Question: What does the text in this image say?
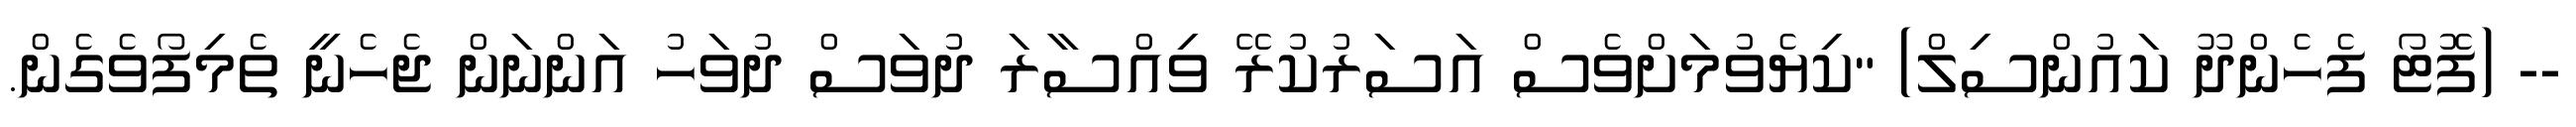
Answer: -- (ފޮޓޯ ފެހެންދޫ ކައުންސިލް) "ކިޔެވުމަށްވެސް އަސަރުކުރޭ ވިއްސާރަ ދުވަސް ދުވަހު އަންނަން ޖެހެނީ ތެމިފޯވެގެން.